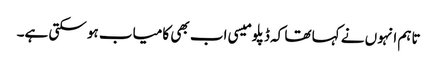
تاہم انہوں نے کہا تھا کہ ڈپلومیسی اب بھی کامیاب ہو سکتی ہے۔